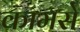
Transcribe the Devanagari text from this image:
कामसे